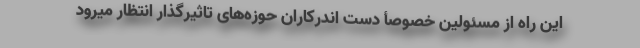
این راه از مسئولین خصوصأ دست اندرکاران حوزه‌های تاثیرگذار انتظار میرود